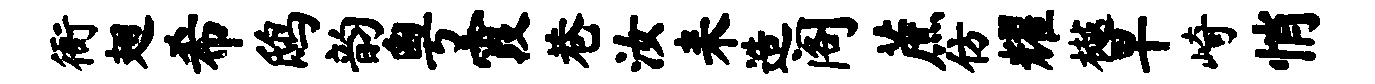
衙翅希鸱韵粤霞巷汝耒造阁蔗仿耀樾早崎悄